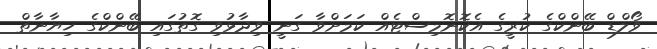
ވޯލްޑް ބޭންކްގެ ކުރީގެ އެކޮނޮމިސްޓެއް ކަމަށްވާ ގަނީ ވިދާޅުވި ގޮތުގައި ބޭންކްގެ ޚިޔާނާތް